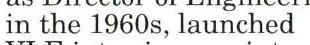
in the 1960s, launched